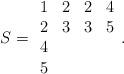
LaTeX: \begin{align*}S=\begin{array}{cccc}1&2&2&4\\2&3&3&5\\4&&&\\5\end{array}.\end{align*}